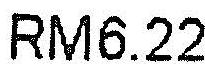
RM6.22